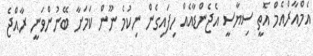
އެމްއާރްއެމް އޮތީ ސިޔާސީ އެޖެންޑާއެއް ހިފައިގެން ނިކުމެ ނޫން ކަމަށާ ބޭނުންވަނީ ރާއްޖެ